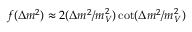
f ( \Delta m ^ { 2 } ) \approx 2 ( \Delta m ^ { 2 } / m _ { V } ^ { 2 } ) \cot ( \Delta m ^ { 2 } / m _ { V } ^ { 2 } )